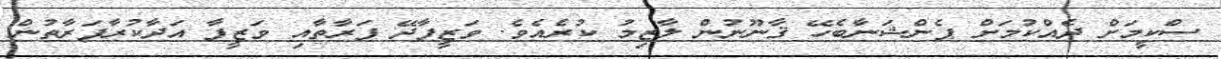
ސްކީމަށް ދެއްކުމަށް ޕެންޝަނާބެހޭ ޤާނޫނުން ލާޒިމު ކުރެއެވެ. ވަޒީފާދޭ ފަރާތާއި ވަޒީފާ އަދާކުރާފަރާތުން